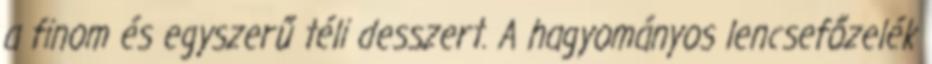
a finom és egyszerű téli desszert. A hagyományos lencsefőzelék